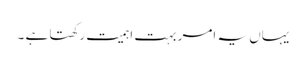
یہاں یہ امر بہت اہمیت رکھتا ہے ۔